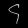
Digit: ၄